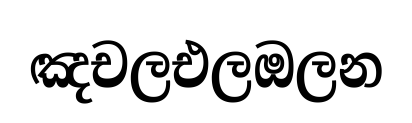
ඤචලඑලඔලන